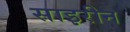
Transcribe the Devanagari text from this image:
साइरीन